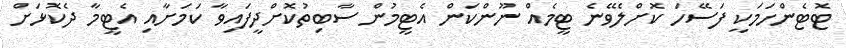
ޓޮޓެންހަމަކީ ފަސޭހަ ކޮށްލެވޭނެ ޓީމެއް ނޫންކަން އެޓީމުން ސާބިތުކޮށްދީފައިވާ ކަމަށާއި އެޓީމާ ދެކޮޅަށް